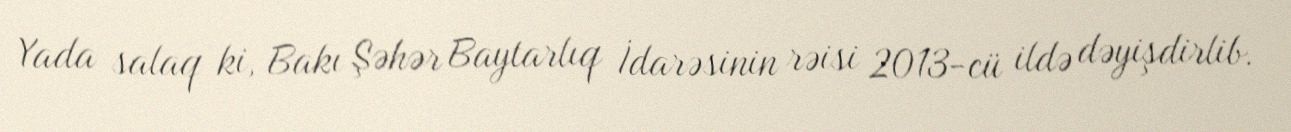
Yada salaq ki, Bakı Şəhər Baytarlıq İdarəsinin rəisi 2013-cü ildə dəyişdirlib.